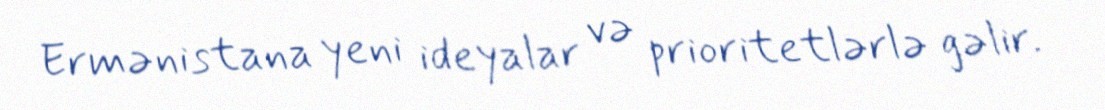
Ermənistana yeni ideyalar və prioritetlərlə gəlir.